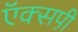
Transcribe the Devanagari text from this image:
ऍक्सपी़